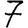
Digit: 7